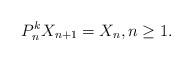
LaTeX: \begin{align*}P_n^{k} X_{n+1} = X_n,n\geq 1.\end{align*}